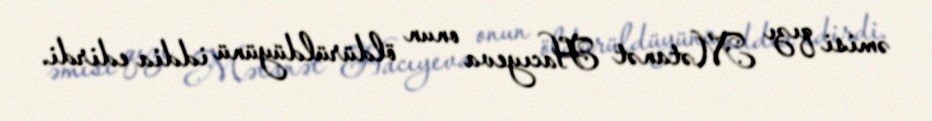
əmisi qızı Mətanət Hacıyeva onun öldürüldüyünü iddia edirdi.